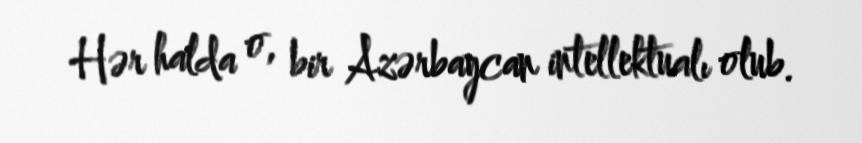
Hər halda o, bir Azərbaycan intellektualı olub.